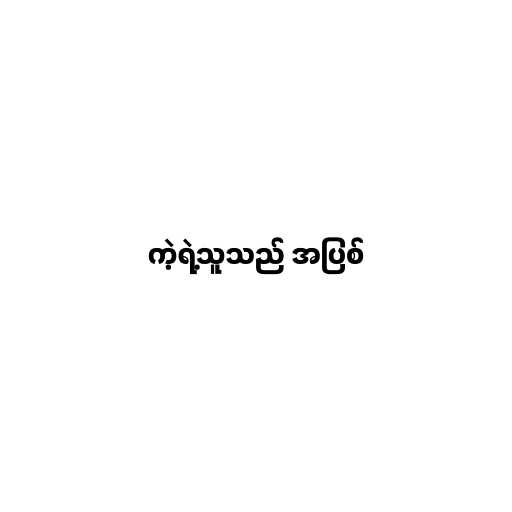
ကဲ့ရဲ့သူသည် အပြစ်